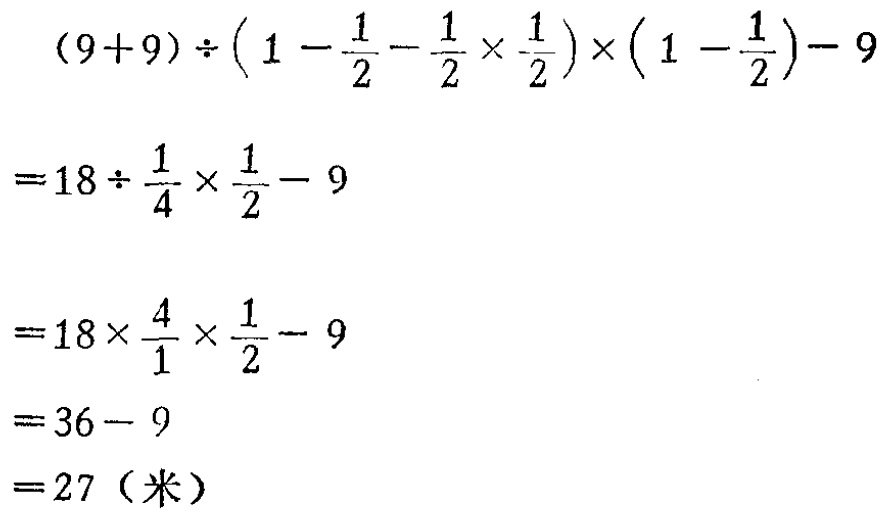
\[

\begin{align*}

&(9 + 9)\div\left(1-\frac{1}{2}-\frac{1}{2}\times\frac{1}{2}\right)\times\left(1 - \frac{1}{2}\right)-9\\

=&18\div\frac{1}{4}\times\frac{1}{2}-9\\

=&18\times\frac{4}{1}\times\frac{1}{2}-9\\

=&36 - 9\\

=&27（米）

\end{align*}

\]